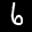
Label: 6